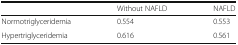
<table><thead><tr><td></td><td><b>Without NAFLD</b></td><td><b>NAFLD</b></td></tr></thead><tbody><tr><td>Normotriglyceridemia</td><td>0.554</td><td>0.553</td></tr><tr><td>Hypertriglyceridemia</td><td>0.616</td><td>0.561</td></tr></tbody></table>